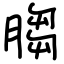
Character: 䐢